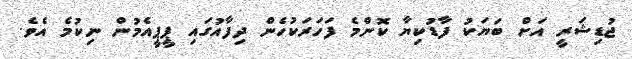
ޖުޑިޝަރީ އަށް ބަޔަކު ފާޑުކިޔާ ކޮންމެ ފަހަރަކުހެން ދިފާއުގައި ޕީޕީއެމުން ނިކުމެ އެވެ.